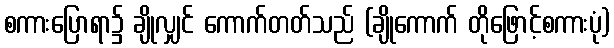
စကားပြောရာ၌ ချိုလျှင် ကောက်တတ်သည် (ချိုကောက် တိုဖြောင့်စကားပုံ)